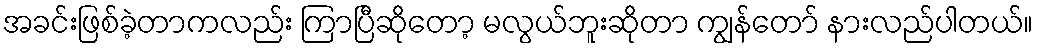
အခင်းဖြစ်ခဲ့တာကလည်း ကြာပြီဆိုတော့ မလွယ်ဘူးဆိုတာ ကျွန်တော် နားလည်ပါတယ်။